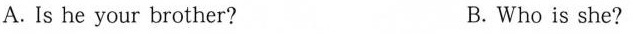
A. Is he your brother? B. Who is she?